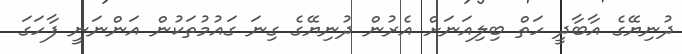
ދުނިޔޭގެ އާބާދީ ހަތް ބިލިއަނަށް އެރުން ދުނިޔޭގެ ގިނަ ގައުމުތަކުން އަންނަނީ ފާހަގަ